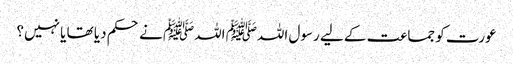
عورت کو جماعت کے لیے رسول اللہﷺ اللہﷺ نے حکم دیا تھا یا نہیں؟